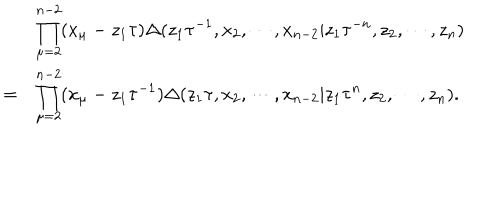
\begin{array} { c l } { { } } & { { \displaystyle \prod _ { \mu = 2 } ^ { n - 2 } ( x _ { \mu } - z _ { 1 } \tau ) \Delta ( z _ { 1 } \tau ^ { - 1 } , x _ { 2 } , \cdots , x _ { n - 2 } | z _ { 1 } \tau ^ { - n } , z _ { 2 } , \cdots , z _ { n } ) } } \\ { { = } } & { { \displaystyle \prod _ { \mu = 2 } ^ { n - 2 } ( x _ { \mu } - z _ { 1 } \tau ^ { - 1 } ) \Delta ( z _ { 1 } \tau , x _ { 2 } , \cdots , x _ { n - 2 } | z _ { 1 } \tau ^ { n } , z _ { 2 } , \cdots , z _ { n } ) . } } \\ \end{array}